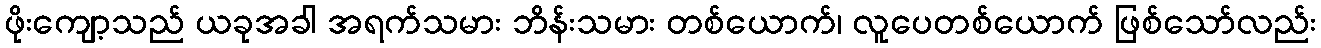
ဖိုးကျော့သည် ယခုအခါ အရက်သမား ဘိန်းသမား တစ်ယောက်၊ လူပေတစ်ယောက် ဖြစ်သော်လည်း